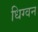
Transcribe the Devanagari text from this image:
धिग्वन